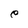
Character: e